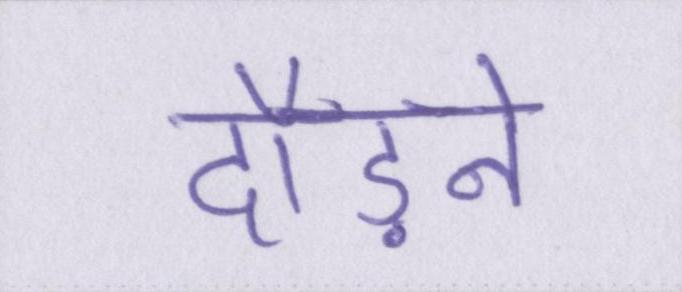
दौड़ने